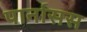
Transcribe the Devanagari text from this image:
पार्नासस